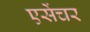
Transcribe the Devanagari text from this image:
एसेंचर